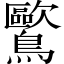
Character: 𲍨